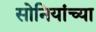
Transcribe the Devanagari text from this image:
सोनियांच्या